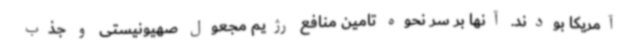
آمریکا بودند. آنها بر سر نحوه تامین منافع رژیم مجعول صهیونیستی و جذب